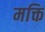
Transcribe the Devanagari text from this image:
मक्ति